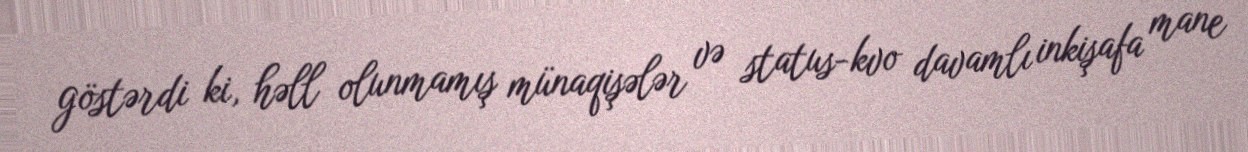
göstərdi ki, həll olunmamış münaqişələr və status-kvo davamlı inkişafa mane